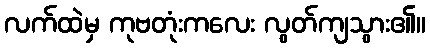
လက်ထဲမှ ကုဗတုံးကလေး လွတ်ကျသွား၏။